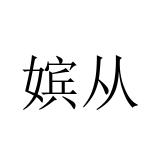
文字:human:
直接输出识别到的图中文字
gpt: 嫔从